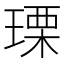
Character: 瑮